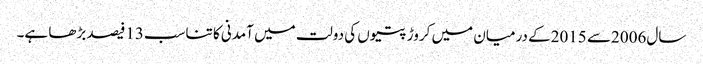
سال2006سے 2015کے درمیان میں کروڑ پتیوں کی دولت میں آمدنی کا تناسب13فیصد بڑھا ہے۔